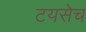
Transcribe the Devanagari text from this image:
टयसेच